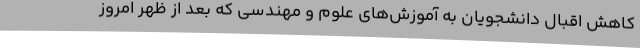
کاهش اقبال دانشجویان به آموزش‌های علوم و مهندسی که بعد از ظهر امروز